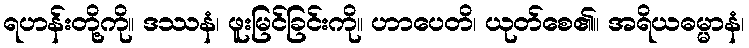
ရဟန်းတို့ကို။ ဒဿနံ၊ ဖူးမြင်ခြင်းကို။ ဟာပေတိ၊ ယုတ်စေ၏။ အရိယဓမ္မာနံ၊